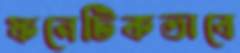
ফনেটিকভাবে